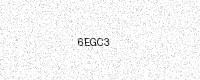
Text: 6EGC3